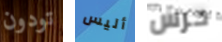
تودون أليس حرس